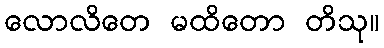
လောလိတေ မထိတော တိသု။